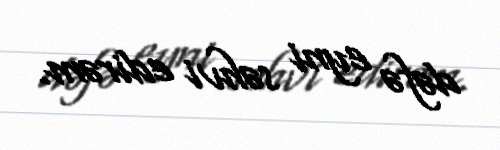
dəfə eyni səhvi edirəm.